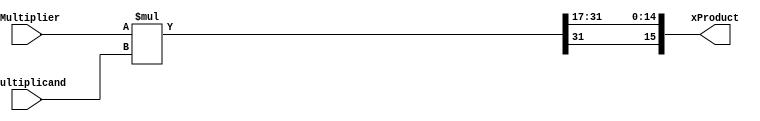
module multiplier(
xMultiplicand,
xMultiplier,
xProduct
);

output [16-1:0] xProduct			;	//for 16*16 this is 32 bits
input  [16-1:0] xMultiplicand	 	;	//M bits
input  [16-1:0] xMultiplier		 	;	//M bits

wire signed [16-1:0] xProduct  		;	//output
wire signed [16-1:0] xMultiplier	;	//input2
wire signed [16-1:0] xMultiplicand	;	//input1 
wire signed [32-1:0] xProductFull  	;	//output

assign xProductFull = xMultiplier*xMultiplicand;
assign xProduct = {xProductFull[32-1],xProductFull[32-1:17]};//extra divide by two happening

endmodule